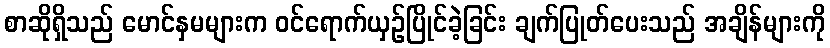
စာဆိုရှိသည် မောင်နှမများက ဝင်ရောက်ယှဉ်ပြိုင်ခဲ့ခြင်း ချက်ပြုတ်ပေးသည် အချိန်များကို